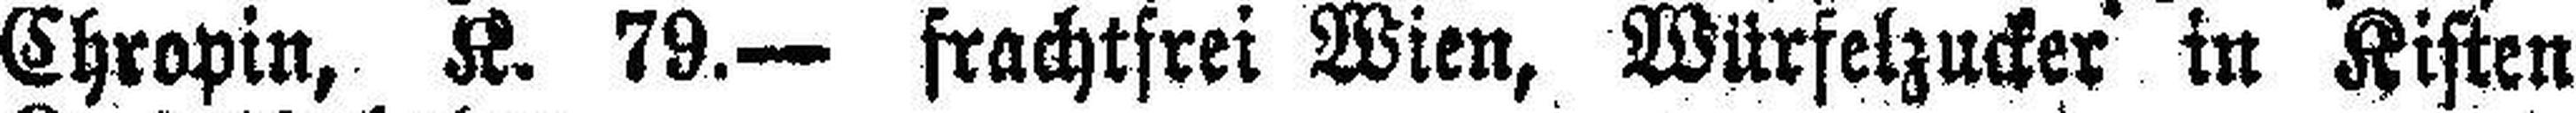
Chropin, K. 79.— frachtfrei Wien, Würfelzucker in Kisten